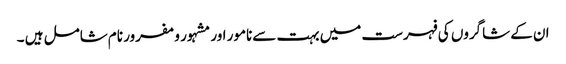
ان کے شاگروں کی فہرست میں بہت سےنامور اور مشہور و مفرور نام شامل ہیں ۔